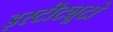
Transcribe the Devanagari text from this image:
इस्टीट्यूटो